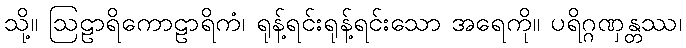
သို့။ ဩဠာရိကောဠာရိကံ၊ ရုန့်ရင်းရုန့်ရင်းသော အရေကို။ ပရိဂ္ဂဏှန္တဿ၊